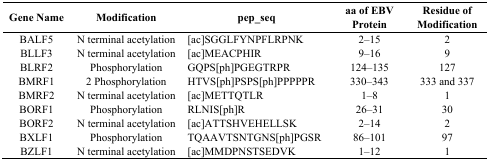
<table><thead><tr><td><b>Gene Name</b></td><td><b>Modification</b></td><td><b>pep_seq</b></td><td><b>aa of EBV Protein</b></td><td><b>Residue of Modification</b></td></tr></thead><tbody><tr><td>BALF5</td><td>N terminal acetylation</td><td>[ac]SGGLFYNPFLRPNK</td><td>2–15</td><td>2</td></tr><tr><td>BLLF3</td><td>N terminal acetylation</td><td>[ac]MEACPHIR</td><td>9–16</td><td>9</td></tr><tr><td>BLRF2</td><td>Phosphorylation</td><td>GQPS[ph]PGEGTRPR</td><td>124–135</td><td>127</td></tr><tr><td>BMRF1</td><td>2 Phosphorylation</td><td>HTVS[ph]PSPS[ph]PPPPPR</td><td>330–343</td><td>333 and 337</td></tr><tr><td>BMRF2</td><td>N terminal acetylation</td><td>[ac]METTQTLR</td><td>1–8</td><td>1</td></tr><tr><td>BORF1</td><td>Phosphorylation</td><td>RLNIS[ph]R</td><td>26–31</td><td>30</td></tr><tr><td>BORF2</td><td>N terminal acetylation</td><td>[ac]ATTSHVEHELLSK</td><td>2–14</td><td>2</td></tr><tr><td>BXLF1</td><td>Phosphorylation</td><td>TQAAVTSNTGNS[ph]PGSR</td><td>86–101</td><td>97</td></tr><tr><td>BZLF1</td><td>N terminal acetylation</td><td>[ac]MMDPNSTSEDVK</td><td>1–12</td><td>1</td></tr></tbody></table>